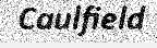
Caulfield